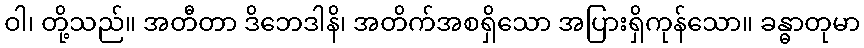
ဝါ၊ တို့သည်။ အတီတာ ဒိဘေဒါနိ၊ အတိက်အစရှိသော အပြားရှိကုန်သော။ ခန္ဓာတုမာ